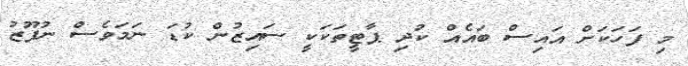
މި ފަހަކަށް އައިސް ބައެއް ކުދި ޕާޓީތަކަކީ ސައިޒުން ކުޑަ ނަމަވެސް ނުފޫޒު